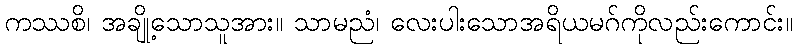
ကဿစိ၊ အချို့သောသူအား။ သာမညံ၊ လေးပါးသောအရိယမဂ်ကိုလည်းကောင်း။